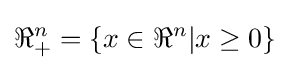
\Re _{+}^{n}=\{x\in \Re ^{n}|x\geq 0\}